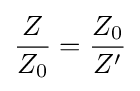
{\frac {Z}{Z_{0}}}={\frac {Z_{0}}{Z'}}